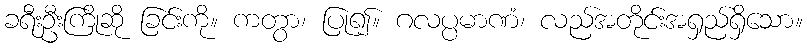
ခရီးဦးကြိုဆို ခြင်းကို။ ကတွာ၊ ပြု၍။ ဂလပ္ပမာဏံ၊ လည်အတိုင်းအရှည်ရှိသော။